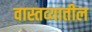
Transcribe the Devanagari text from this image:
वास्तव्यातील